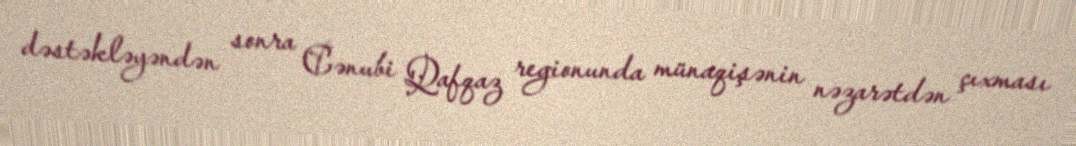
dəstəkləyəndən sonra Cənubi Qafqaz regionunda münaqişənin nəzarətdən çıxması